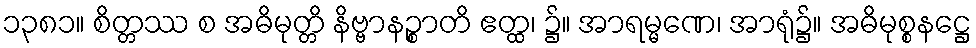
၁၃၈၁။ စိတ္တဿ စ အဓိမုတ္တိ နိဗ္ဗာနဉ္စာတိ ဧတ္ထ၊ ၌။ အာရမ္မဏေ၊ အာရုံ၌။ အဓိမုစ္စနဋ္ဌေ